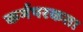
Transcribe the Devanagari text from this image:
कर्मपरकता